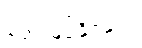
တွေ့မြင်နိုင်မည်